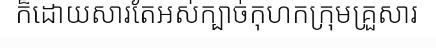
ក៏ដោយសារតែអស់ក្បាច់កុហកក្រុមគ្រួសារ